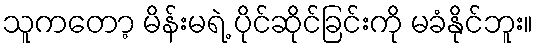
သူကတော့ မိန်းမရဲ့ ပိုင်ဆိုင်ခြင်းကို မခံနိုင်ဘူး။